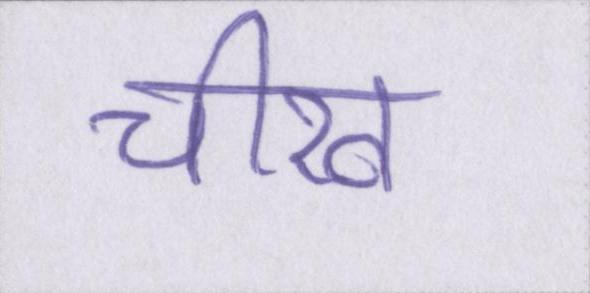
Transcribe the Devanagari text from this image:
चीख